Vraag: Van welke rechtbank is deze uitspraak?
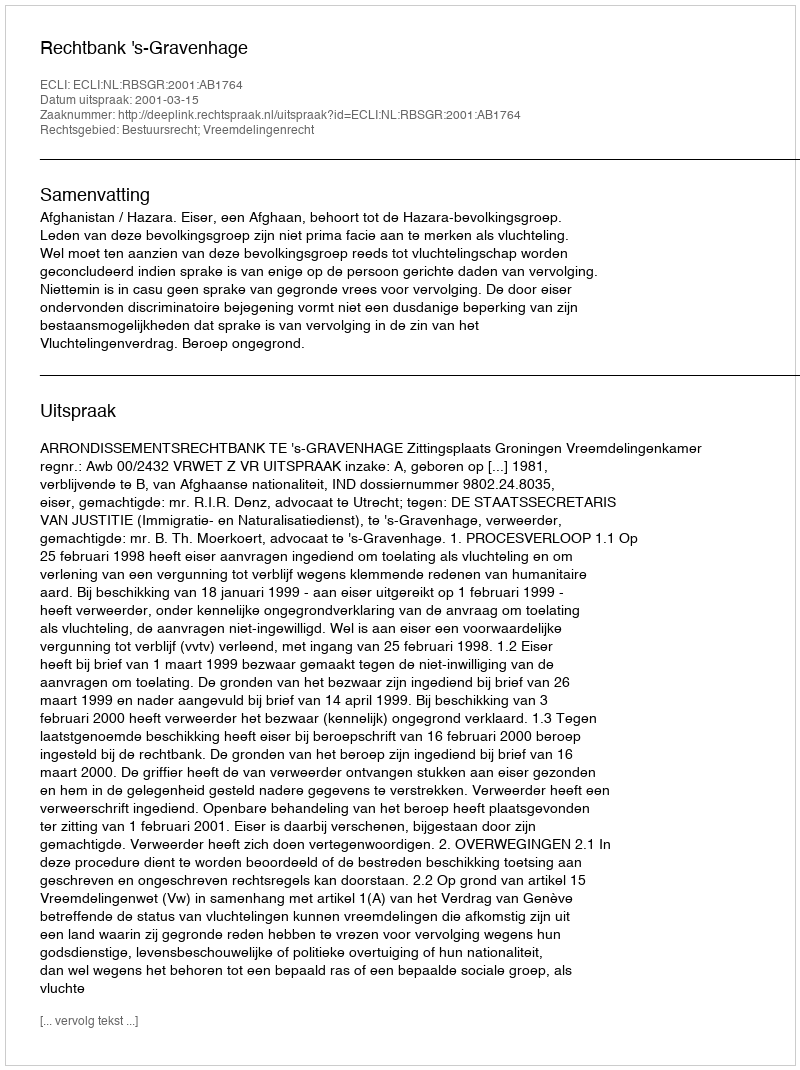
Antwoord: Rechtbank 's-Gravenhage